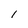
Character: 1